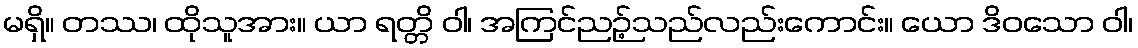
မရှိ။ တဿ၊ ထိုသူအား။ ယာ ရတ္တိ ဝါ၊ အကြင်ညဉ့်သည်လည်းကောင်း။ ယော ဒိဝသော ဝါ၊